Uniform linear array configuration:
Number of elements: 64
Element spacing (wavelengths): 0.25
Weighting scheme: binomial
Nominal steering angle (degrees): -15
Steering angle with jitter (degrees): -14.164
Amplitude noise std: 0.05
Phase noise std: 0.05

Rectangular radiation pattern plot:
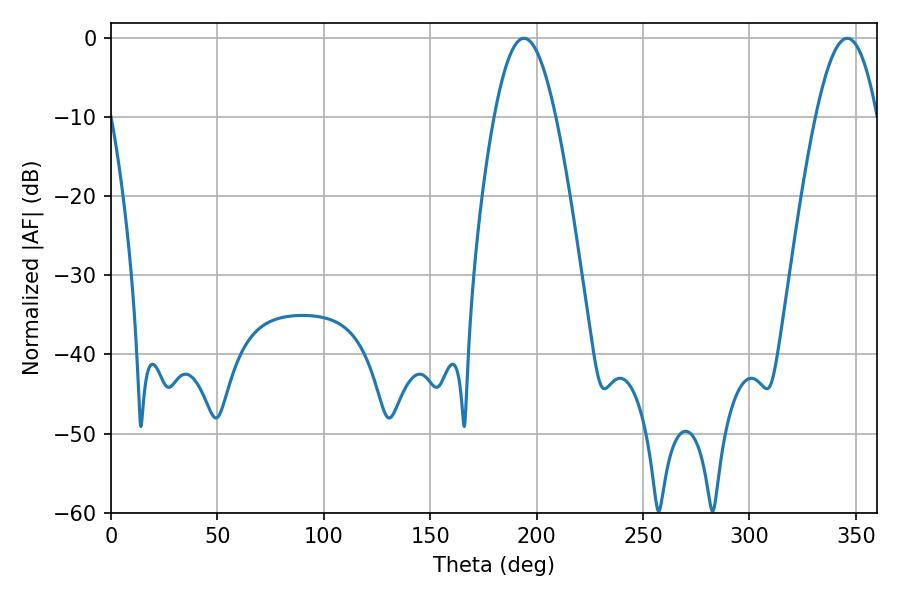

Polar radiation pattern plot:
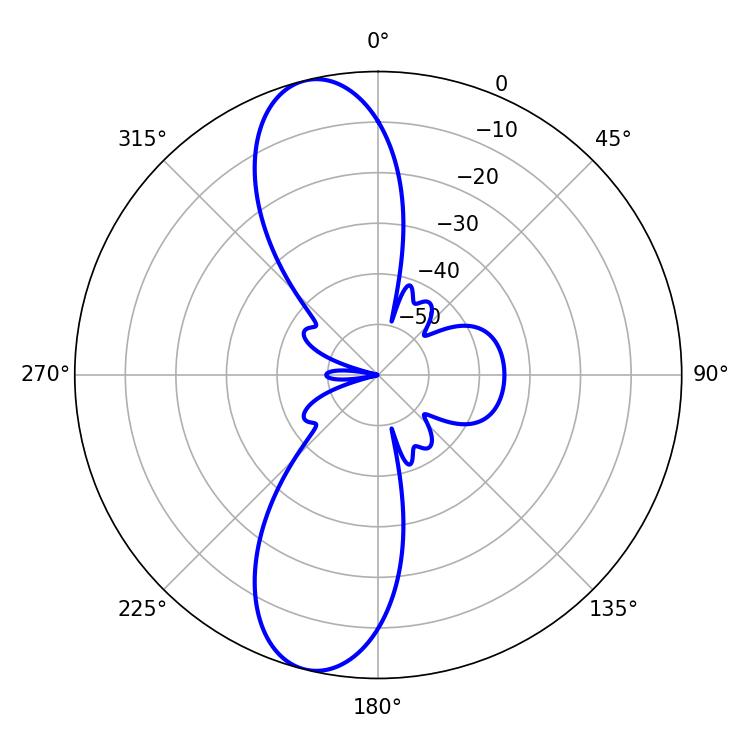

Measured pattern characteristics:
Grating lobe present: FALSE
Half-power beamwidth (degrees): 15.66
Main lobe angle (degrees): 194.04